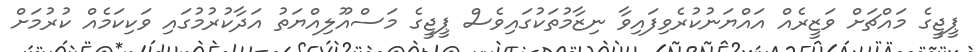
ޕީޖީގެ މައްޗަށް ވަޒީރެއް އައްޔަނުކުރެވިފައިވާ ނިޒާމުތަކުގައިވެސް ޕީޖީގެ މަސްއޫލިއްޔަތު އަދާކުރުމުގައި ވަކިކަމެއް ކުރުމަށް